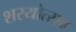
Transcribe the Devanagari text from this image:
शस्योत्सव